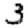
Digit: 3